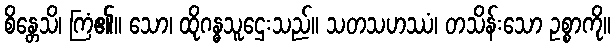
စိန္တေသိ၊ ကြံ၏။ သော၊ ထိုဂန္ဓသူဌေးသည်။ သတသဟဿံ၊ တသိန်းသော ဥစ္စာကို။